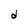
Character: d